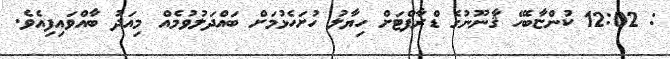
: 12:02 ކުންޏާބެހޭ ޤާނޫނުގެ ޑްރާފްޓަށް ހިޔާލު ހުށަހެޅުމަށް ބައްދަލުވުމެއް މިއަދު ބާއްވައިފިއެވެ.